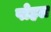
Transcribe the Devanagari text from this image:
पोहल